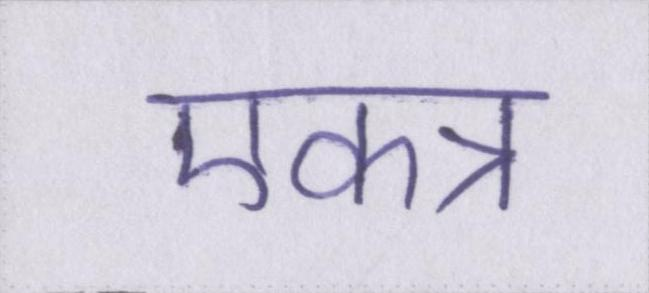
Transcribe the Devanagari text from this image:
एकत्र